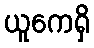
ယူကေရှိ